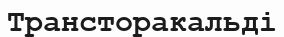
Трансторакальді